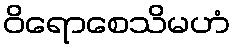
ဝိရောစေသိမဟံ